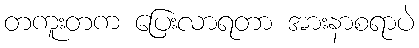
တကူးတက ပြေးလာရတာ အားနာစရာပဲ